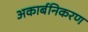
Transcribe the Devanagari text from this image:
अकार्बनिकरण